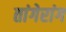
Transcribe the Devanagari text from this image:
तांगेरांग